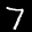
Label: 7